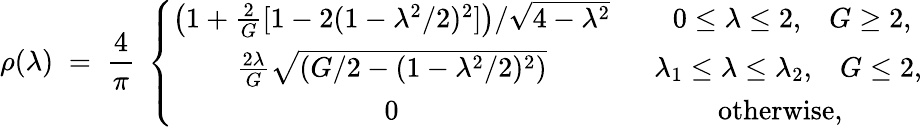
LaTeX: \rho(\lambda)\; =\; {\frac{4}{\pi}}\; \left\{ \begin{array}{cc}{{\left(1+{\frac{2}{G}}[1-2(1-\lambda^{2}/2)^{2}]\right)/\sqrt{4-\lambda^{2}}}}&{{\; \; \; 0\leq\lambda\leq 2,\; \; \; G\geq 2,}}\\ {{{\frac{2\lambda}{G}}\sqrt{\left(G/2-(1-\lambda^{2}/2)^{2}\right)}}}&{{\; \; \lambda_{1}\leq\lambda\leq\lambda_{2},\; \; \; G\leq 2,}}\\ {{0}}&{{\mathrm{otherwise},}}\end{array}\right.